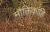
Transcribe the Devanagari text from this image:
मौक्तिकांहि